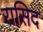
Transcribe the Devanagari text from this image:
रासिद